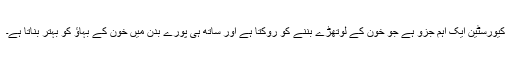
کیورسٹین ایک اہم جزو ہے جو خون کے لوتھڑے بننے کو روکتا ہے اور ساتھ ہی پورے بدن میں خون کے بہاؤ کو بہتر بناتا ہے۔